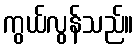
ကွယ်လွန်သည်။